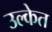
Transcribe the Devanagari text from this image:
उल्केत